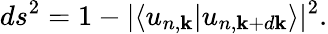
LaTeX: ds^{2}=1-|\langle u_{n,\mathbf{k}}|u_{n,\mathbf{k}+d\mathbf{k}}\rangle|^{2}.